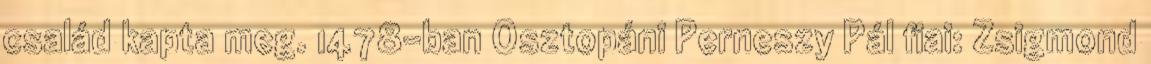
család kapta meg. 1478-ban Osztopáni Perneszy Pál fiai: Zsigmond